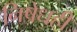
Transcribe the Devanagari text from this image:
निषेधही